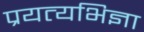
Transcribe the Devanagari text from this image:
प्रयत्यभिज्ञा